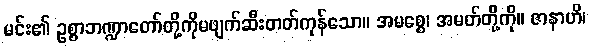
မင်း၏ ဥစ္စာဘဏ္ဍာတော်တို့ကိုမဖျက်ဆီးတတ်ကုန်သော။ အမစ္စေ၊ အမတ်တို့ကို။ ဇာနာဟိ၊